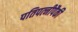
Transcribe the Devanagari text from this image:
पतिपत्‍नीपैकी